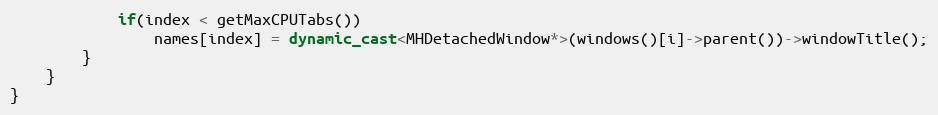
Language: C++
            if(index < getMaxCPUTabs())
                names[index] = dynamic_cast<MHDetachedWindow*>(windows()[i]->parent())->windowTitle();
        }
    }
}